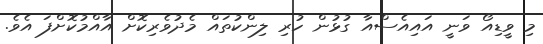
މި ވީޑިއޯ ވަނީ އައިއެސްއާ ގުޅުން ހުރި ލިންކުތައް މެދުވެރިކޮށް އާއްމުކޮށްފަ އެވެ.